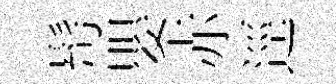
髩嬰赤逕